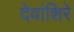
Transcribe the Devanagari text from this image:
देवांशिरे